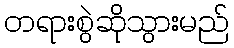
တရားစွဲဆိုသွားမည်